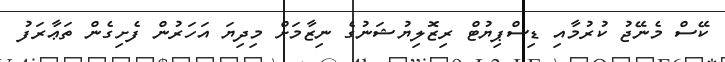
ކޭސް މެނޭޖު ކުރުމާއި ޑިސްޕިޔުޓް ރިޒޮލިޔުޝަނުގެ ނިޒާމަށް މިދިޔަ އަހަރުން ފެށިގެން ތަޢާރަފު